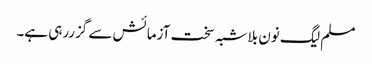
مسلم لیگ نون بلاشبہ سخت آزمائش سے گزررہی ہے۔